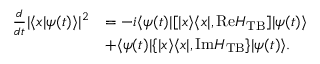
\begin{array} { r l } { \frac { d } { d t } | \langle x | \psi ( t ) \rangle | ^ { 2 } } & { = - i \langle \psi ( t ) | [ | x \rangle \langle x | , \mathrm { R e } H _ { \mathrm { T B } } ] | \psi ( t ) \rangle } \\ & { + \langle \psi ( t ) | \{ | x \rangle \langle x | , \mathrm { I m } H _ { \mathrm { T B } } \} | \psi ( t ) \rangle . } \end{array}